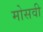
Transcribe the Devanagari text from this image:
मोसवी